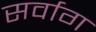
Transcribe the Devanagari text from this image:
सर्वाग